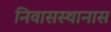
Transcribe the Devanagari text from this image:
निवासस्थानास